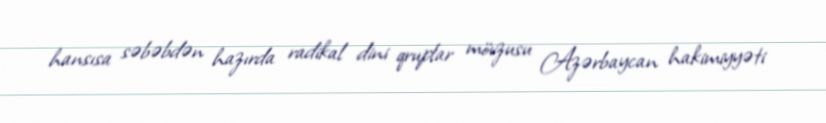
hansısa səbəbdən hazırda radikal dini qruplar mövzusu Azərbaycan hakimiyyəti